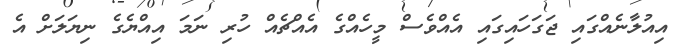
އިއުލާނެއްގައި ޖަގަހައިގައި އެއްވެސް މީހެއްގެ އެއްޗެއް ހުރި ނަމަ އިއްޔެގެ ނިޔަލަށް އެ